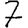
Digit: 7